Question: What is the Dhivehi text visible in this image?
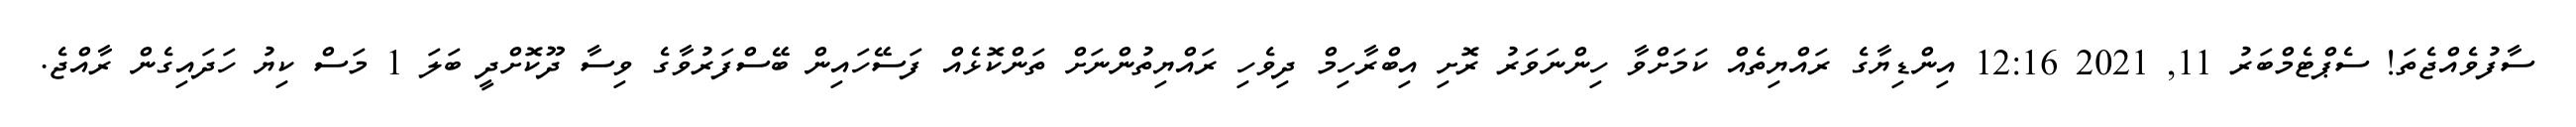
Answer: ސާފުވެއްޖެތަ! ސެޕްޓެމްބަރު 11, 2021 12:16 އިންޑިޔާގެ ރައްޔިތެއް ކަމަށްވާ ހިންނަވަރު ރޮށި އިބްރާހިމް ދިވެހި ރައްޔިތުންނަށް ތަންކޮޅެއް ފަސޭހައިން ބޭސްފަރުވާގެ ވިސާ ދޫކޮށްދީ ބަލަ 1 މަސް ކިޔު ހަދައިގެން ރާއްޖެ.